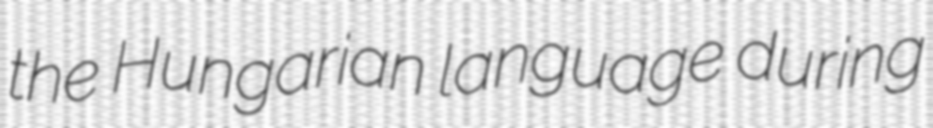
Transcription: the Hungarian language during